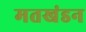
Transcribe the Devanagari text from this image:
मतखंडन